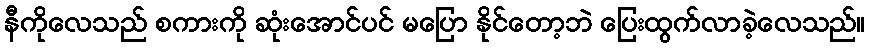
နီကိုလေသည် စကားကို ဆုံးအောင်ပင် မပြော နိုင်တော့ဘဲ ပြေးထွက်လာခဲ့လေသည်။